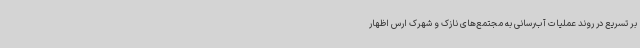
بر تسریع در روند عملیات آب‌رسانی به مجتمع‌های نازک و شهرک ارس اظهار